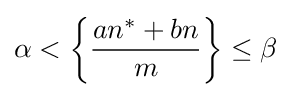
\alpha <\left\{{\frac {an^{*}+bn}{m}}\right\}\leq \beta